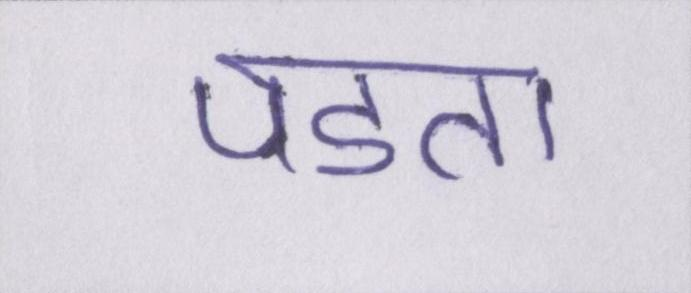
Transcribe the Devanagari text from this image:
पडता